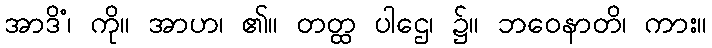
အာဒိံ၊ ကို။ အာဟ၊ ၏။ တတ္ထ ပါဌေ၊ ၌။ ဘဝေနာတိ၊ ကား။